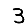
Digit: 3